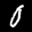
Label: 0